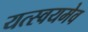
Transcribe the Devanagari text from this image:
यत्स्वयमेव